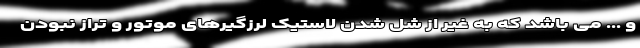
و ... می باشد که به غیر از شل شدن لاستیک لرزگیرهای موتور و تراز نبودن